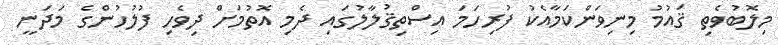
މިލޮބުވެތި ޤައުމު މިނިވަންކަމާއެކު ފުރިހަމަ އިސްތިޤުލާލުގައި ދެމި އޮތުމަށް ދިވެހި ފުލުހުންގެ މަދަނީ